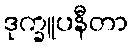
ဒုက္ခူပနီတာ